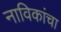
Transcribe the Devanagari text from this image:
नाविकांचा